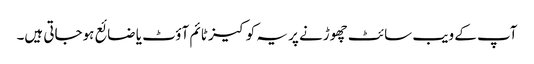
آپ کے ویب سائٹ چھوڑنے پر یہ کوکیز ٹائم آؤٹ یا ضائع ہوجاتی ہیں۔